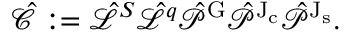
\hat { \mathcal { C } } : = \hat { \mathcal { L } } ^ { S } \hat { \mathcal { L } } ^ { q } \hat { \mathcal { P } } ^ { \mathrm { G } } \hat { \mathcal { P } } ^ { \mathrm { J _ { c } } } \hat { \mathcal { P } } ^ { \mathrm { J _ { s } } } .